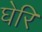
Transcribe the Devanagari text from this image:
घेरि